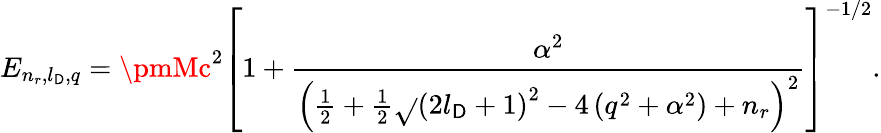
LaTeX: E_{n_{r},l_{\mathsf{D}},q}=\pmMc^{2}\left[1+\frac{{\alpha^{2}}}{{\left(\frac{1}{2}+\frac{1}{2}\sqrt{}{{\left(2l_{\mathsf{D}}+1\right)^{2}-4\left(q^{2}+\alpha^{2}\right)}}+n_{r}\right)^{2}}}\right]^{-1/2}.